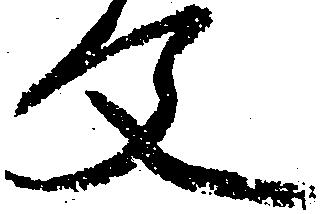
文